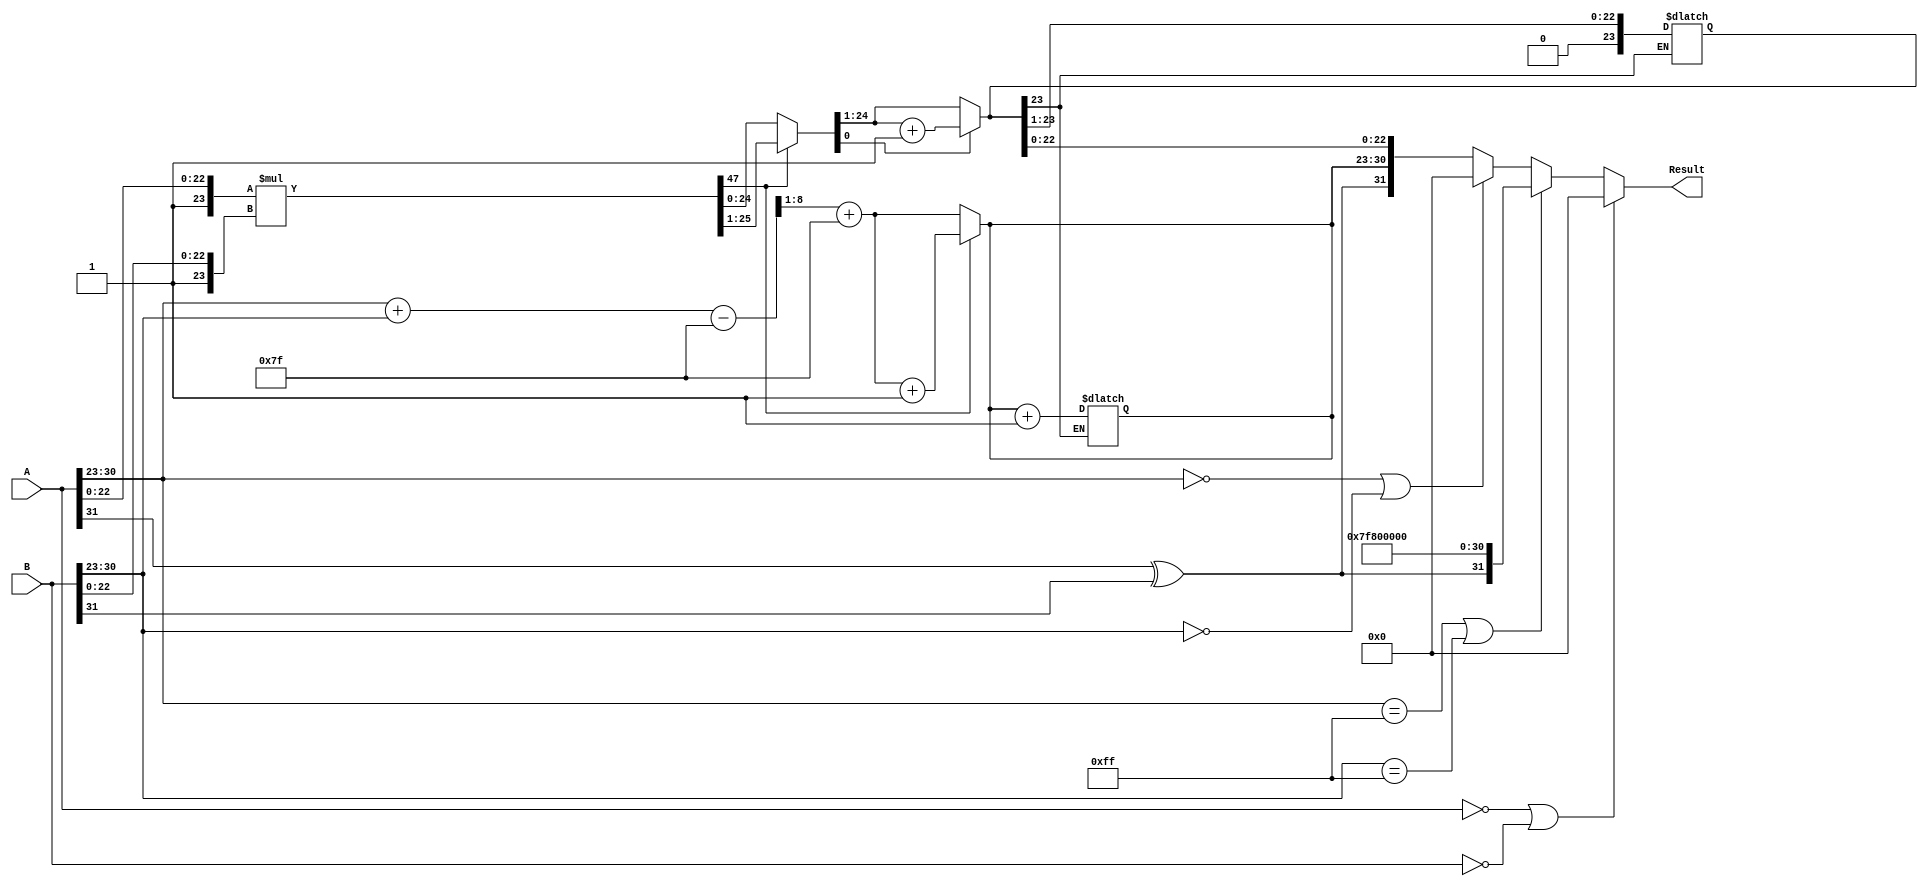
module floating_point_multiplier(
    input [31:0] A, // First operand
    input [31:0] B, // Second operand
    output reg [31:0] Result // Result of multiplication
);

    // Constants
    parameter BIAS = 127;
    parameter MANTISSA_BITS = 23;
    parameter EXPONENT_BITS = 8;
    
    wire sign_a = A[31];
    wire sign_b = B[31];
    
    wire [EXPONENT_BITS-1:0] exponent_a = A[30:23];
    wire [EXPONENT_BITS-1:0] exponent_b = B[30:23];
    
    wire [MANTISSA_BITS-1:0] mantissa_a = A[22:0];
    wire [MANTISSA_BITS-1:0] mantissa_b = B[22:0];
    
    // Sign calculation
    wire result_sign = sign_a ^ sign_b; // XOR for sign
    
    // Exponent calculation
    wire [EXPONENT_BITS:0] exponent_sum = {1'b0, exponent_a} + {1'b0, exponent_b} - BIAS;
    wire [EXPONENT_BITS-1:0] result_exponent = exponent_sum[EXPONENT_BITS:1] + BIAS; // Adjust for bias
    
    // Mantissa calculation
    wire [MANTISSA_BITS:0] mantissa_a_extended = {1'b1, mantissa_a}; // Prepend leading 1
    wire [MANTISSA_BITS:0] mantissa_b_extended = {1'b1, mantissa_b}; // Prepend leading 1
    wire [47:0] mantissa_product = mantissa_a_extended * mantissa_b_extended; // 24x24 => 48 bits
    
    // Normalization
    reg [47:0] mantissa_normalized;
    reg [EXPONENT_BITS-1:0] exponent_adjusted;
    
    always @(*) begin
        if (mantissa_product[47]) begin
            // Overflow: Shift right and increment exponent
            mantissa_normalized = mantissa_product >> 1;
            exponent_adjusted = result_exponent + 1;
        end else begin
            // No overflow
            mantissa_normalized = mantissa_product;
            exponent_adjusted = result_exponent;
        end
    end
    
    // Rounding
    reg [MANTISSA_BITS:0] rounded_mantissa;
    always @(*) begin
        // Check for rounding
        if (mantissa_normalized[0]) begin // If the least significant bit is 1, we round up
            rounded_mantissa = mantissa_normalized[47:1] + 1;
        end else begin
            rounded_mantissa = mantissa_normalized[47:1];
        end
    end
    
    // Check for overflow in rounding
    always @(*) begin
        if (rounded_mantissa[MANTISSA_BITS]) begin // if the rounded mantissa overflows
            rounded_mantissa = rounded_mantissa >> 1;
            exponent_adjusted = exponent_adjusted + 1;
        end
    end
    
    // Edge case handling for special values
    always @(*) begin
        if (A == 32'b0 || B == 32'b0) begin
            Result = 32'b0; // Zero multiplication
        end else if (A[30:23] == 8'b11111111 || B[30:23] == 8'b11111111) begin
            Result = {result_sign, 8'b11111111, 23'b0}; // Result is infinity
        end else if (A[30:23] == 8'b00000000 || B[30:23] == 8'b00000000) begin
            Result = 32'b0; // Result is zero
        end else begin
            Result = {result_sign, exponent_adjusted, rounded_mantissa[MANTISSA_BITS-1:0]}; // Assemble result
        end
    end

endmodule